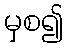
မှစ၍